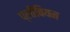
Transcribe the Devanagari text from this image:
प्लीबियन